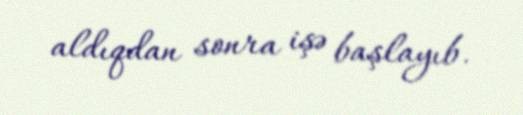
aldıqdan sonra işə başlayıb.